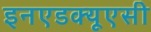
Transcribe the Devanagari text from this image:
इनएडक्यूएसी